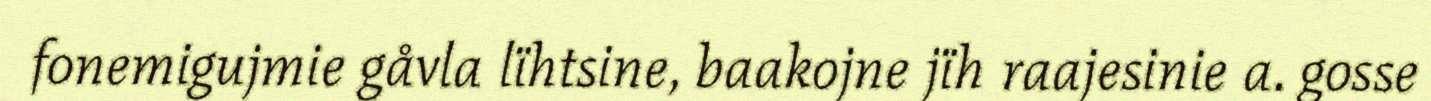
fonemigujmie gåvla lïhtsine, baakojne jïh raajesinie a. gosse